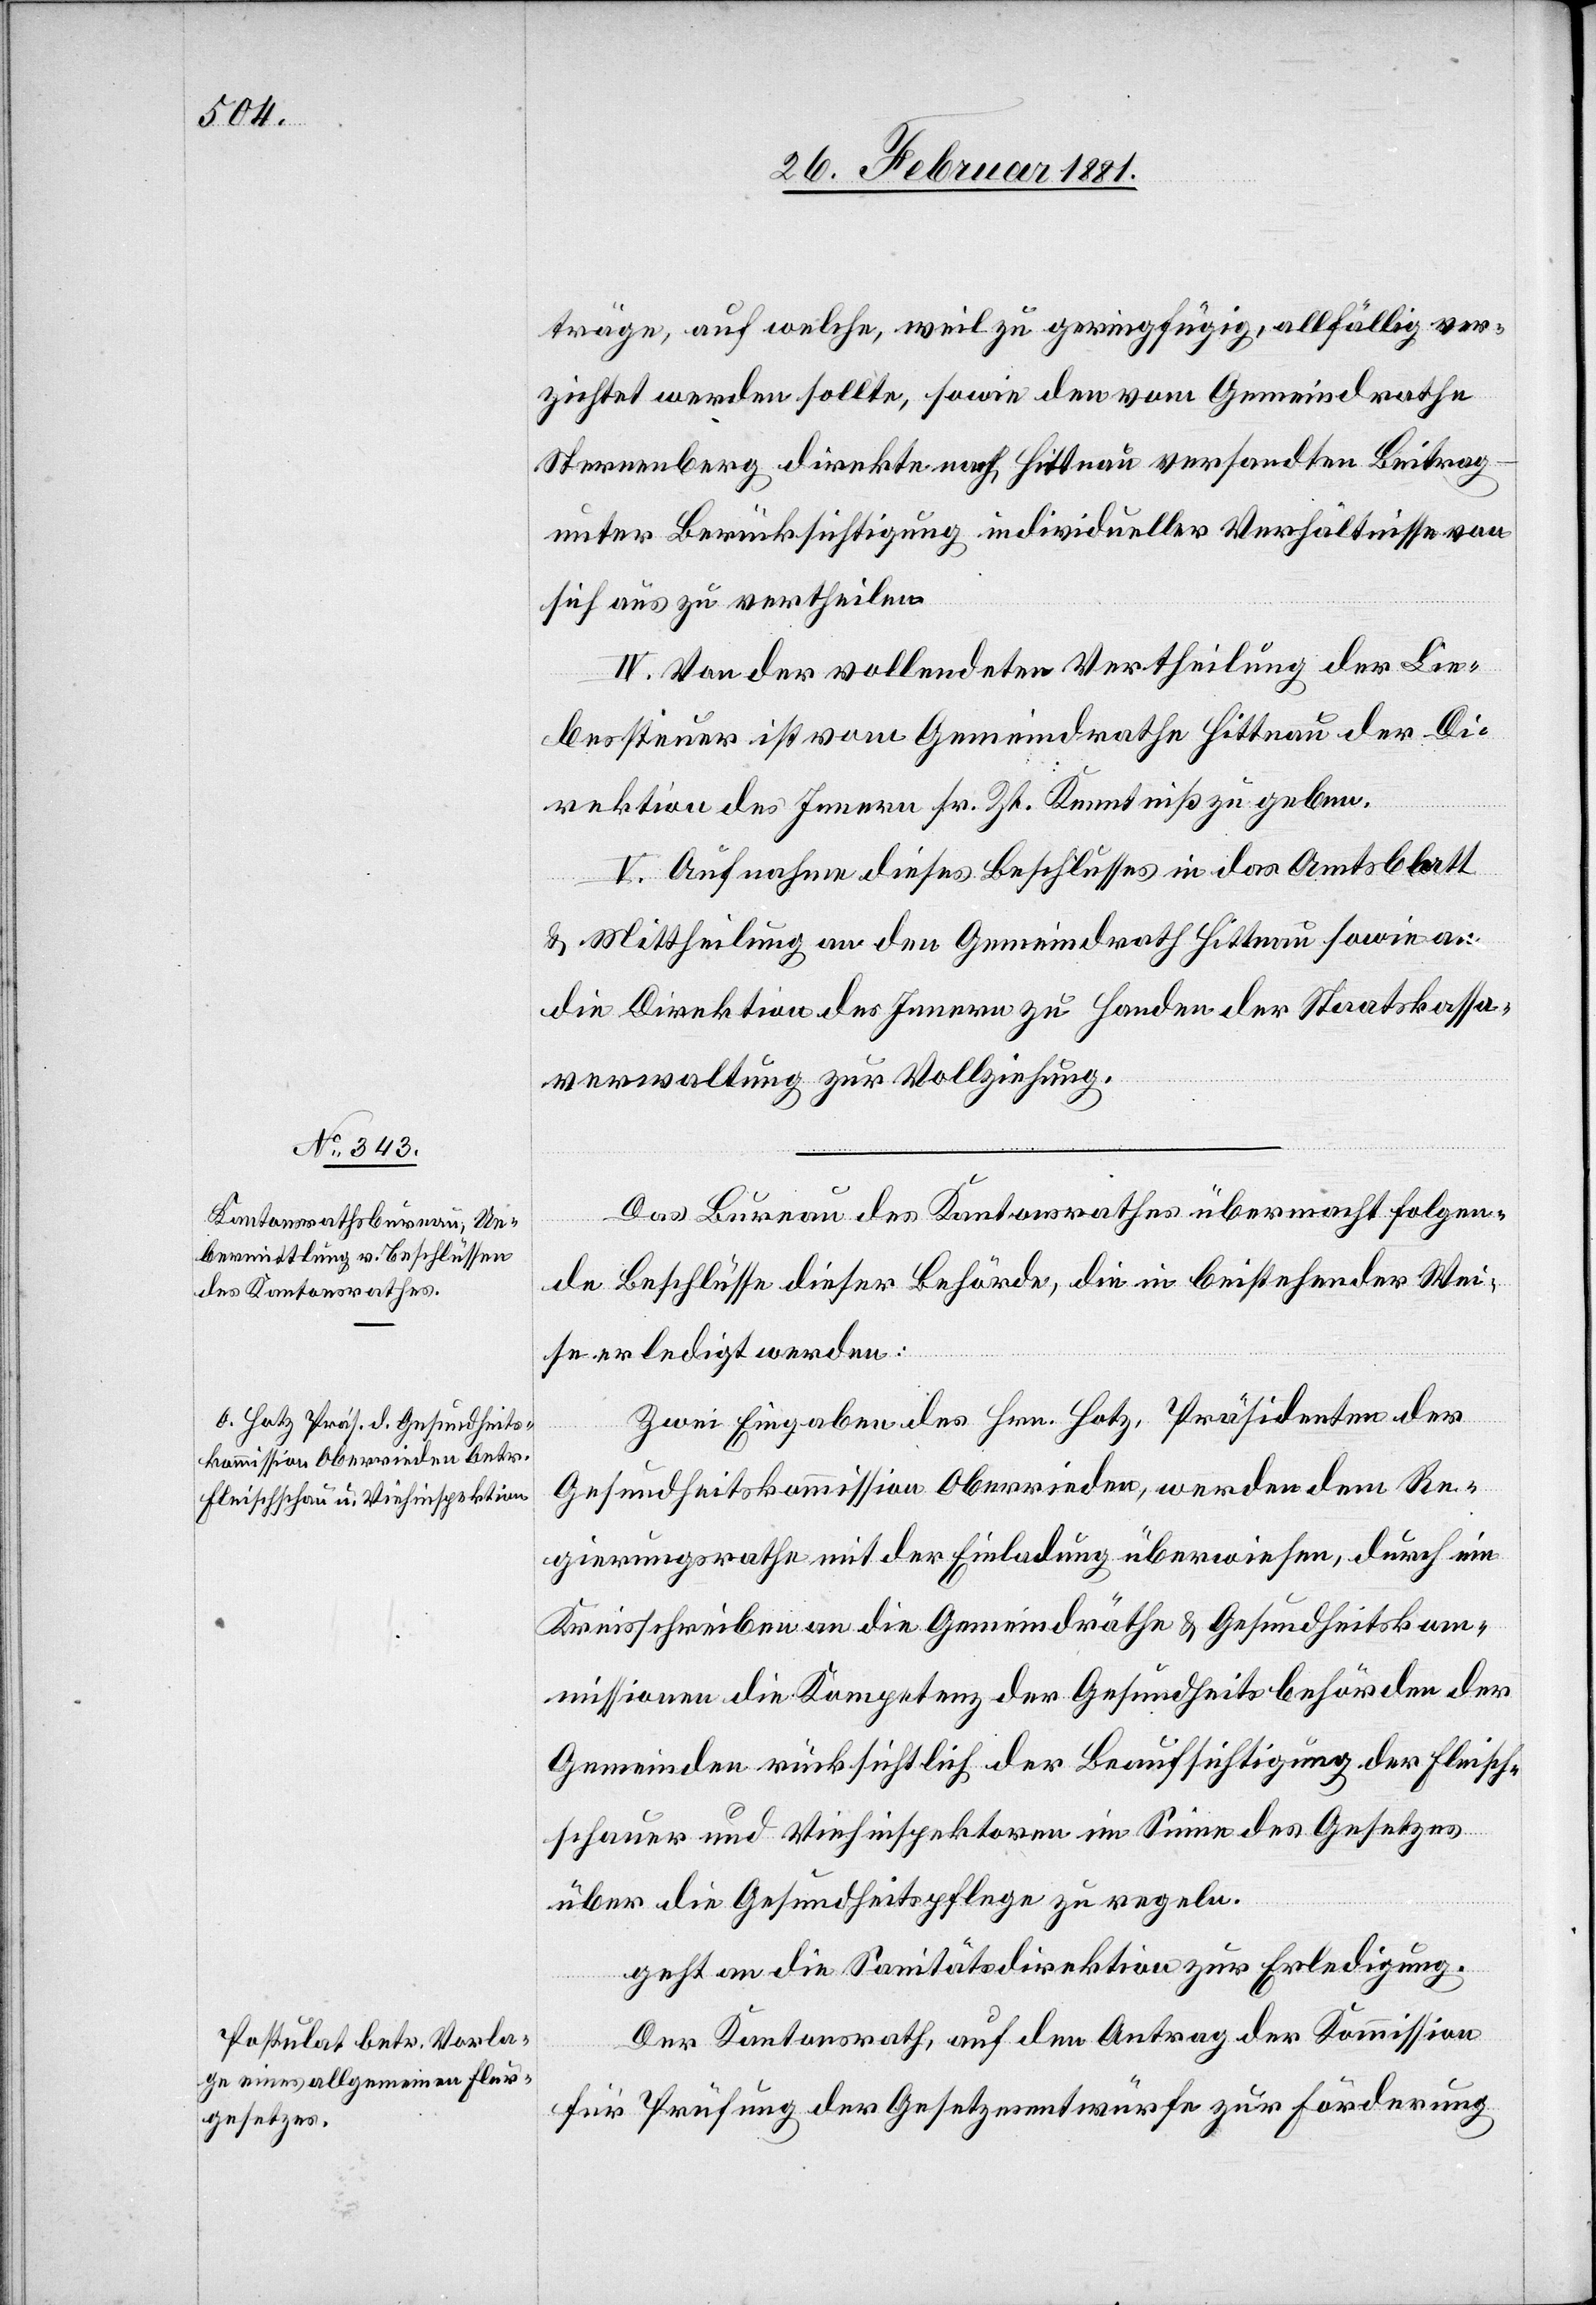
träge, auf welche, weil zu geringfügig, allfällig ver¬
zichtet werden sollte, sowie den vom Gemeindrathe
Sternenberg direkte nach Hittnau versandten Beitrag
unter Berücksichtigung individueller Verhältnisse von
sich aus zu vertheilen.
IV. Von der vollendeten Vertheilung der Lie¬
bessteuer ist vom Gemeindrathe Hittnau der Di¬
rektion des Innern sr. Zt. Kenntniß zu geben.
V. Aufnahme dieses Beschlusses in das Amtsblatt
& Mittheilung an den Gemeindrath Hittnau sowie an
die Direktion des Innern zu Handen der Staatskassa¬
verwaltung zur Vollziehung.
Das Bureau des Kantonsrathes übermacht folgen¬
de Beschlüsse dieser Behörde, die in beistehender Wei¬
se erledigt werden:
Zwei Eingaben des Hrn. Hotz, Präsidenten der
Gesundheitskommission Oberrieden, werden dem Re¬
gierungsrathe mit der Einladung überwiesen, durch ein
Kreisschreiben an die Gemeindräthe & Gesundheitskom¬
missionen die Kompetenz der Gesundheitsbehörden der
Gemeinden rücksichtlich der Beaufsichtigung der Fleisch¬
schauer und Viehinspektoren im Sinne des Gesetzes
über die Gesundheitspflege zu regeln.
geht an die Sanitätsdirektion zur Erledigung.
Der Kantonsrath, auf den Antrag der Kommission
für Prüfung der Gesetzesentwürfe zur Forderung